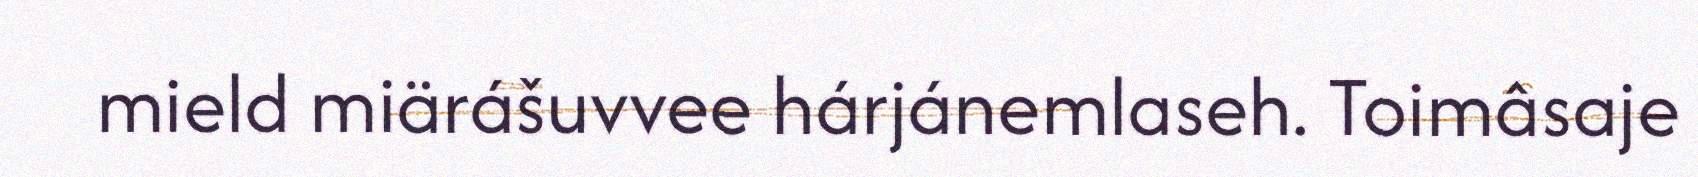
mield miärášuvvee hárjánemlaseh. Toimâsaje